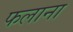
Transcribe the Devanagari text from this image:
फलाना